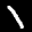
Label: 1